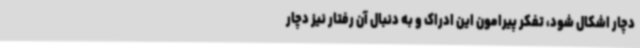
دچار اشکال شود، تفکر پیرامون این ادراک و به دنبال آن رفتار نیز دچار